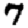
Digit: 7